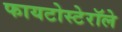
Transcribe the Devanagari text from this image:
फायटोस्टेरॉले